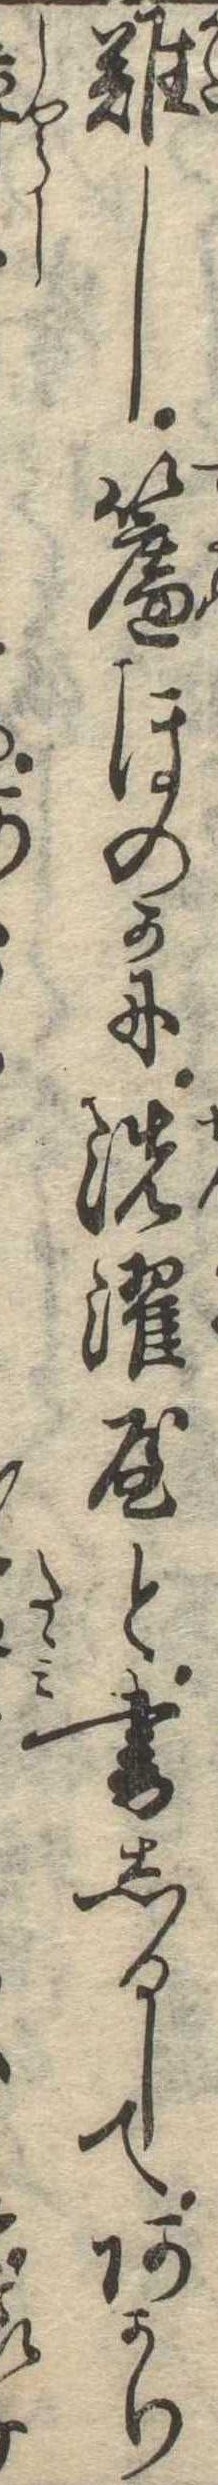
難し簾ほのかに洗濯屋と書しるしてあかり